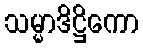
သမ္မာဒိဋ္ဌိကော